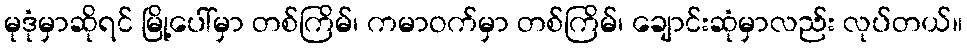
မုဒုံမှာဆိုရင် မြို့ပေါ်မှာ တစ်ကြိမ်၊ ကမာဝက်မှာ တစ်ကြိမ်၊ ချောင်းဆုံမှာလည်း လုပ်တယ်။